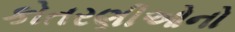
કોતરણીઓનો